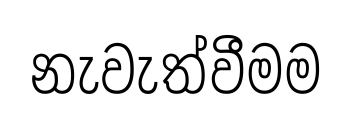
නැවැත්වීමම